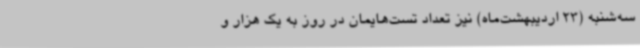
سه‌شنبه (23 اردیبهشت‌ماه) نیز تعداد تست‌هایمان در روز به یک هزار و